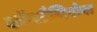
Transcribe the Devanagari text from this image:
कॉन्स्टैन्टिनोप्ल